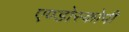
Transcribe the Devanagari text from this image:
एण्डोस्कोपी